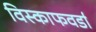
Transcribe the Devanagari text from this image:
विस्काफवर्डा